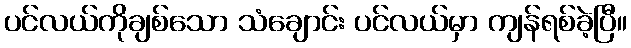
ပင်လယ်ကိုချစ်သော သံချောင်း ပင်လယ်မှာ ကျန်ရစ်ခဲ့ပြီ။